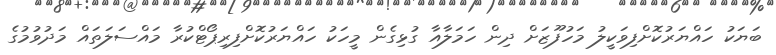
ބަޔަކު ހައްޔަރުކޮށްފިވަކީލު މަހުފޫޒަށް ދިން ހަމަލާއާ ގުޅިގެން މީހަކު ހައްޔަރުކޮށްފިރިޕޯޓްކުރާ މައްސަލަތައް މަދުވުމުގެ